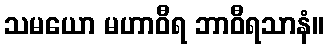
သမယော မဟာဝီရ ဘာဝီရသာနံ။